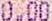
0.00